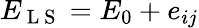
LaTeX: E_{\mathrm{~L~S~}}=E_{0}+e_{ij}